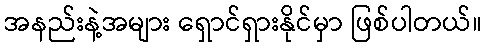
အနည်းနဲ့အများ ရှောင်ရှားနိုင်မှာ ဖြစ်ပါတယ်။